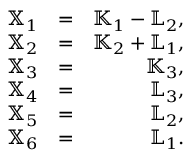
\begin{array} { r l r } { { \mathbb X } _ { 1 } } & { = } & { { \mathbb K } _ { 1 } - { \mathbb L } _ { 2 } , } \\ { { \mathbb X } _ { 2 } } & { = } & { { \mathbb K } _ { 2 } + { \mathbb L } _ { 1 } , } \\ { { \mathbb X } _ { 3 } } & { = } & { { \mathbb K } _ { 3 } , } \\ { { \mathbb X } _ { 4 } } & { = } & { { \mathbb L } _ { 3 } , } \\ { { \mathbb X } _ { 5 } } & { = } & { { \mathbb L } _ { 2 } , } \\ { { \mathbb X } _ { 6 } } & { = } & { { \mathbb L } _ { 1 } . } \end{array}